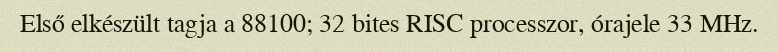
Első elkészült tagja a 88100; 32 bites RISC processzor, órajele 33 MHz.